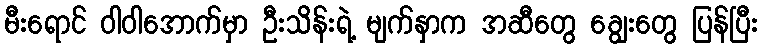
မီးရောင် ဝါဝါအောက်မှာ ဦးသိန်းရဲ့ မျက်နှာက အဆီတွေ ချွေးတွေ ပြန်ပြီး